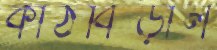
কাঠবিড়াল